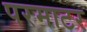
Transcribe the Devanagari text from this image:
परमाटर